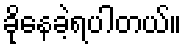
ခိုနေခဲ့ရပါတယ်။